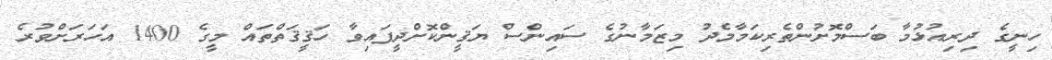
ހިނީގެ ދިރިއުޅުމާ ބަސްމޮށުންތެރިކަމާމެދު މިޒަމާނުގެ ސައިންސް ޔަޤީންކޮށްދީފައިވާ ހަޤީޤަތްތައް މީގެ 1400 އަހަރަށްވުރެ